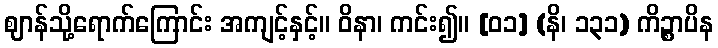
ဈာန်သို့ရောက်ကြောင်း အကျင့်နှင့်။ ဝိနာ၊ ကင်း၍။ [၀၁] (နိ၊ ၁၃၁) ကိဉ္စာပိန